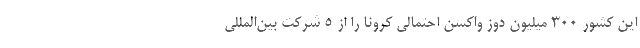
این کشور ۳۰۰ میلیون دوز واکسن احتمالی کرونا را از ۵ شرکت بین‌المللی